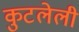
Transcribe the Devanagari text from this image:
कुटलेली